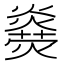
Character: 𤑋